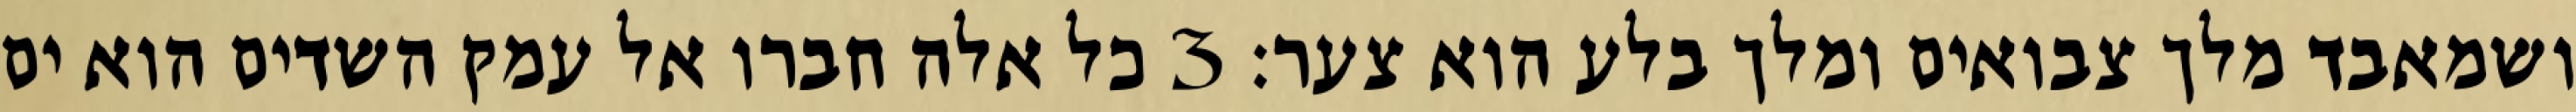
ושמאבד מלך צבואים ומלך בלע הוא צער׃ ‎3‏ כל אלה חברו אל עמק השדים הוא ים